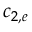
c _ { 2 , e }